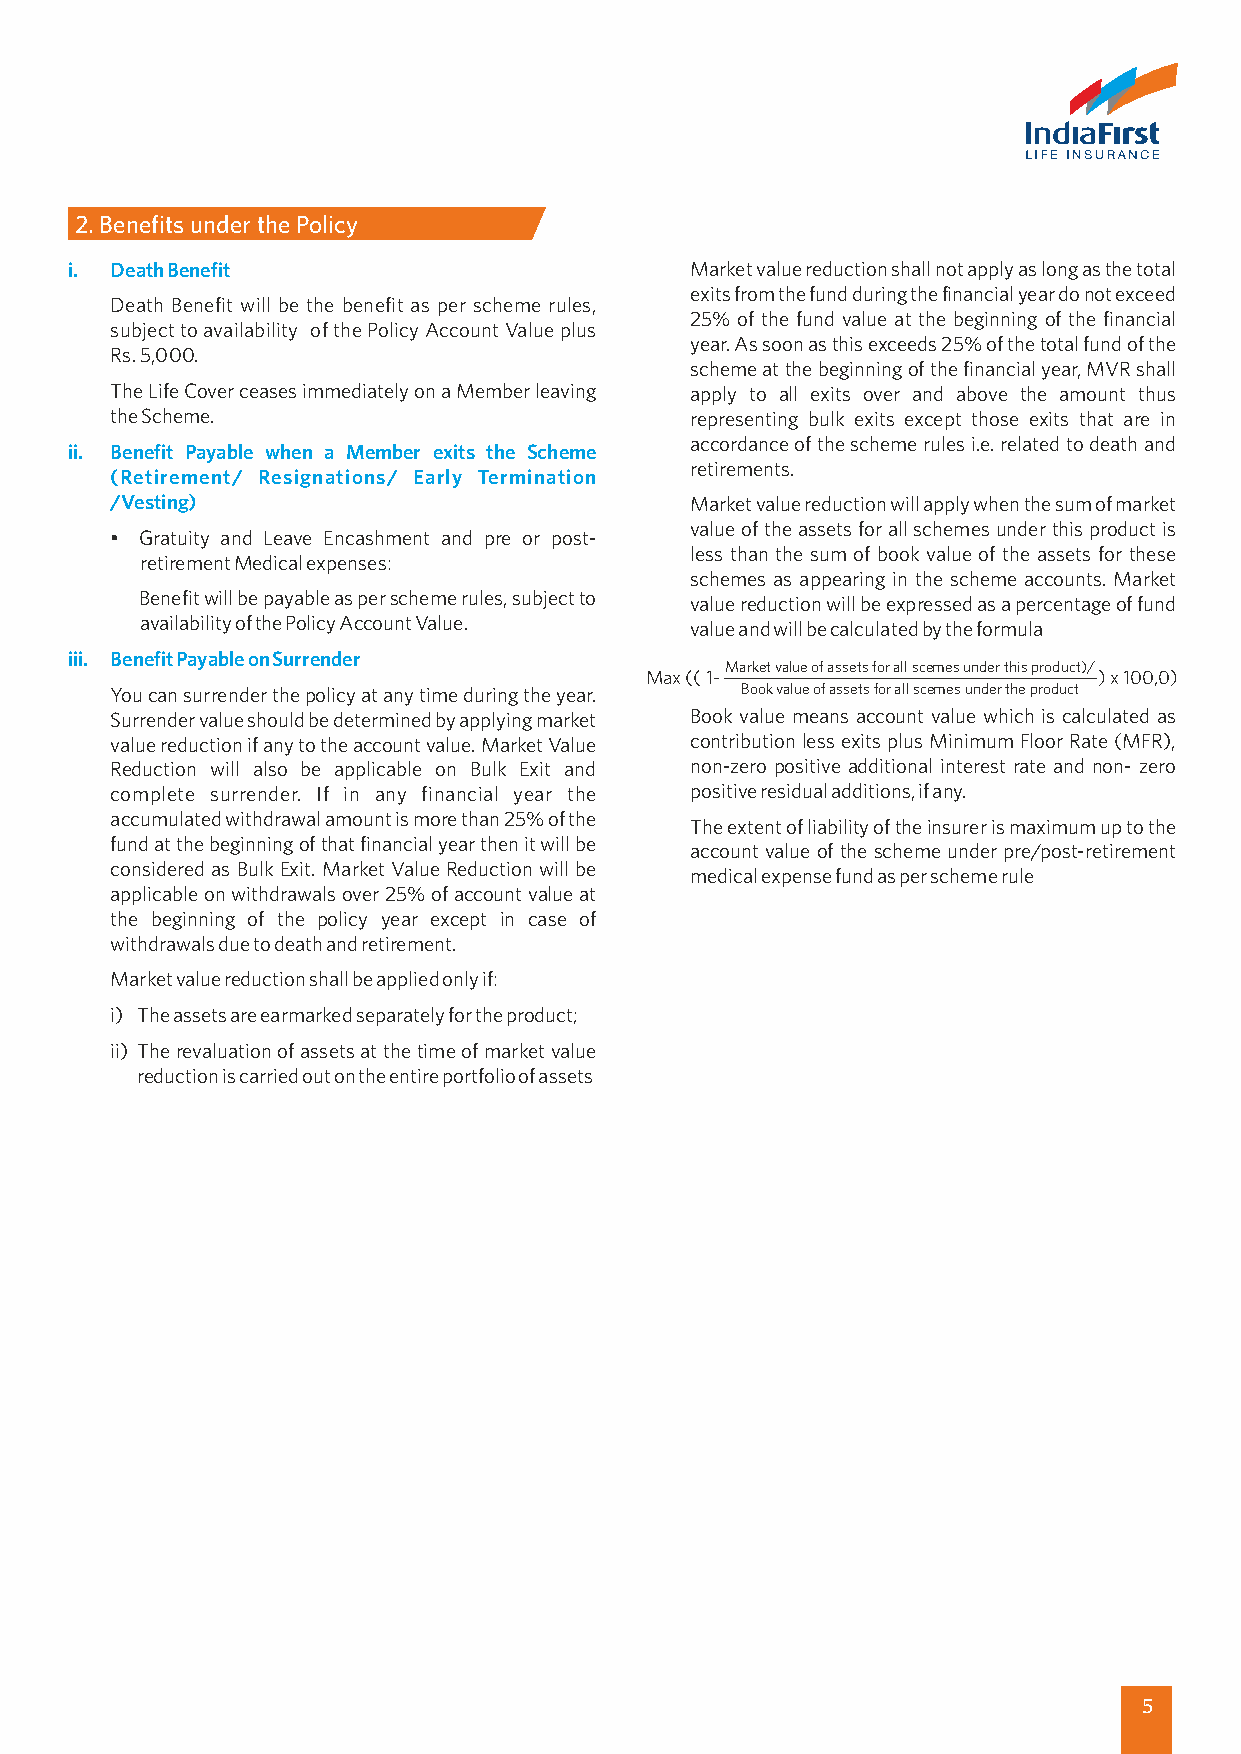
2. Benefits under the Policy
 i. Death Benefit                          Market value reduction shall not apply as long as the total
 exits from the fund during the financial year do not exceed
 Death Benefit will be the benefit as per scheme rules,
 25% of the fund value at the beginning of the financial
 subject to availability of the Policy Account Value plus
 year. As soon as this exceeds 25% of the total fund of the
 Rs. 5,000.
 scheme at the beginning of the financial year, MVR shall
 The Life Cover ceases immediately on a Member leaving apply to all exits over and above the amount thus
 the Scheme.                            representing bulk exits except those exits that are in
 accordance of the scheme rules i.e. related to death and
 ii. Benefit Payable when a Member exits the Scheme
 retirements.
 (Retirement/ Resignations/ Early Termination
 /Vesting)                              Market value reduction will apply when the sum of market
 value of the assets for all schemes under this product is
 • Gratuity and Leave Encashment and pre or post-
 less than the sum of book value of the assets for these
 retirement Medical expenses:
 schemes as appearing in the scheme accounts. Market
 Benefit will be payable as per scheme rules, subject to value reduction will be expressed as a percentage of fund
 availability of the Policy Account Value. value and will be calculated by the formula
 iii. Benefit Payable on Surrender
 Market value of assets for all scemes under this product)/
 Max (( 1-                     ) x 100,0)
 You can surrender the policy at any time during the year. Book value of assets for all scemes under the product
 Surrender value should be determined by applying market Book value means account value which is calculated as
 value reduction if any to the account value. Market Value contribution less exits plus Minimum Floor Rate (MFR),
 Reduction will also be applicable on Bulk Exit and non-zero positive additional interest rate and non- zero
 complete surrender. If in any financial year the positive residual additions, if any.
 accumulated withdrawal amount is more than 25% of the
 The extent of liability of the insurer is maximum up to the
 fund at the beginning of that financial year then it will be
 account value of the scheme under pre/post-retirement
 considered as Bulk Exit. Market Value Reduction will be
 medical expense fund as per scheme rule
 applicable on withdrawals over 25% of account value at
 the beginning of the policy year except in case of
 withdrawals due to death and retirement.
 Market value reduction shall be applied only if:
 i) The assets are earmarked separately for the product;
 ii) The revaluation of assets at the time of market value
 reduction is carried out on the entire portfolio of assets
 5